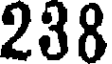
238